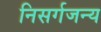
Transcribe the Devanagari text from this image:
निसर्गजन्य